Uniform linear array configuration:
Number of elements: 48
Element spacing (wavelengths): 0.75
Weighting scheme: kaiser
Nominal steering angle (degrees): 45
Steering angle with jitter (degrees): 46.173
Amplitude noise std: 0.05
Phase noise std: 0.05

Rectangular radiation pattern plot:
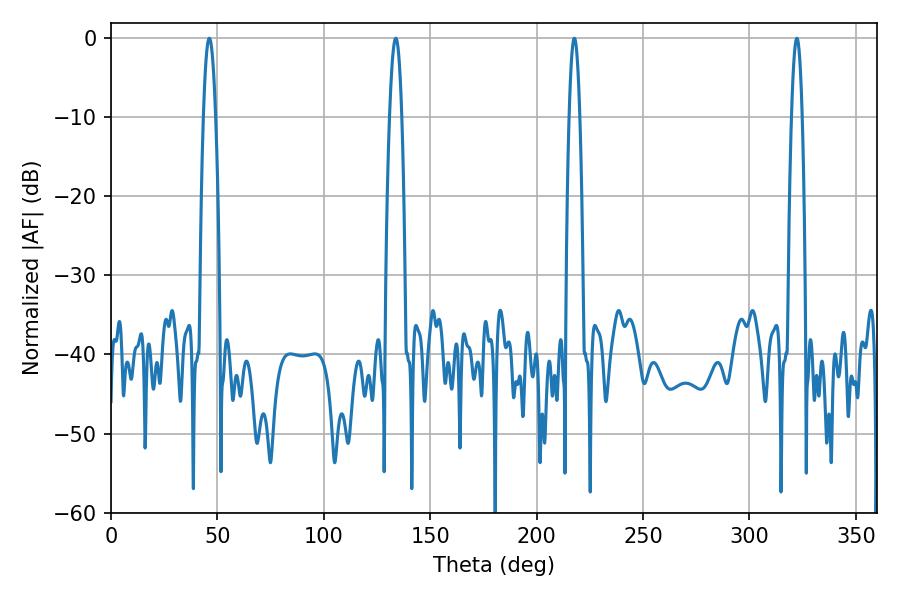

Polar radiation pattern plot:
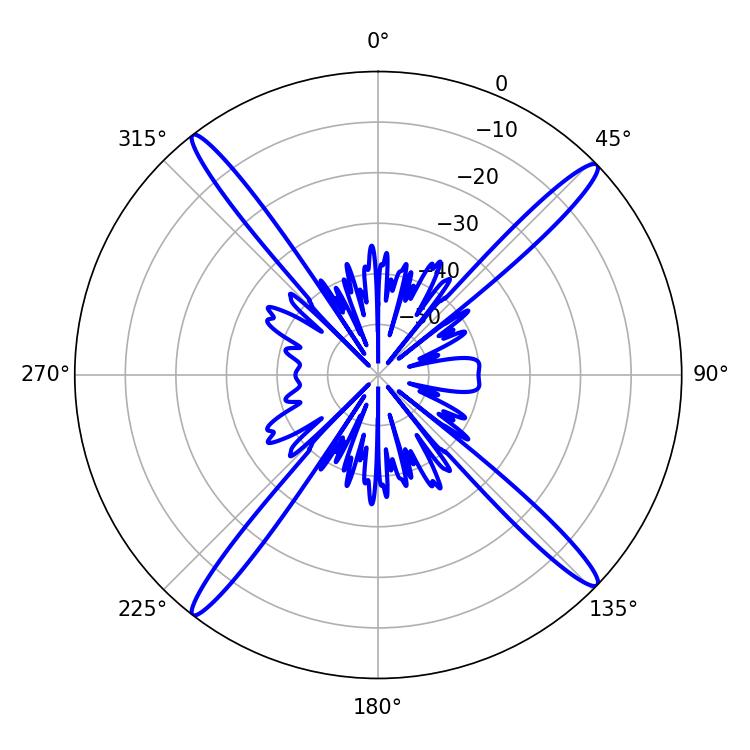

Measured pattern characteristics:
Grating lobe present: TRUE
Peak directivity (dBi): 19.504
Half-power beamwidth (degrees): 3.06
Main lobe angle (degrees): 46.26